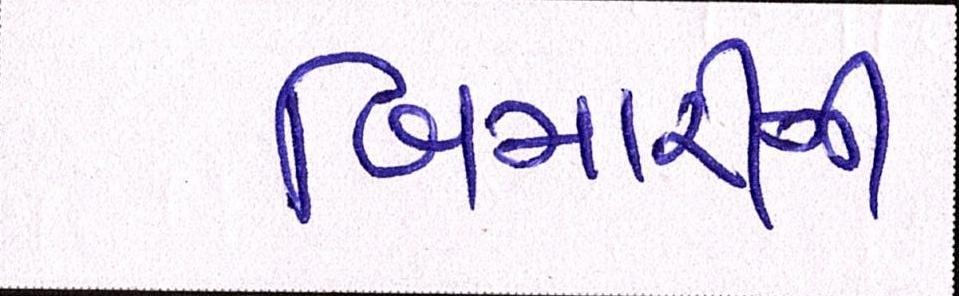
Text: બિમારીની